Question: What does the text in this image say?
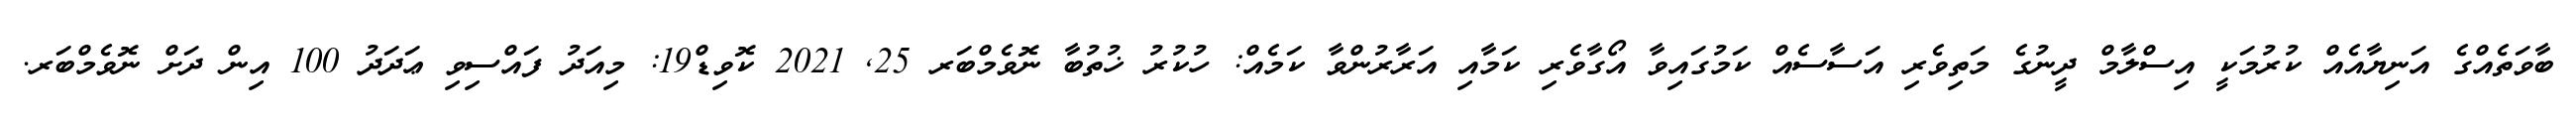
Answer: ބާވަތެއްގެ އަނިޔާއެއް ކުރުމަކީ އިސްލާމް ދީނުގެ މަތިވެރި އަސާސެއް ކަމުގައިވާ އޯގާވެރި ކަމާއި އަރާރުންވާ ކަމެއް: ހުކުރު ޚުތުބާ ނޮވެމްބަރ 25, 2021 ކޮވިޑް19: މިއަދު ފައްސިވި ޢަދަދު 100 އިން ދަށް ނޮވެމްބަރ.